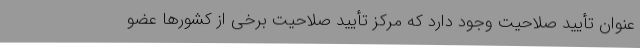
عنوان تأیید صلاحیت وجود دارد که مرکز تأیید صلاحیت برخی از کشورها عضو